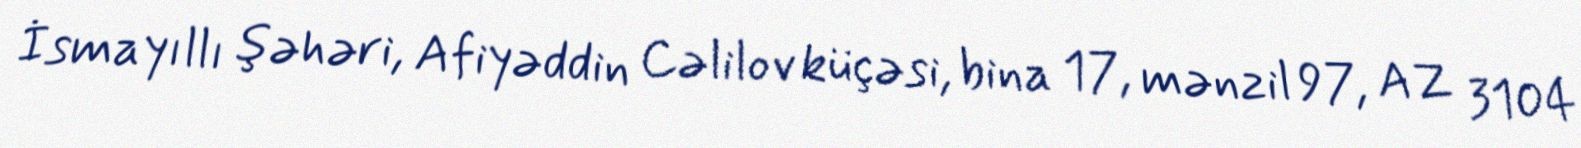
İsmayıllı şəhəri, Afiyəddin Cəlilov küçəsi, bina 17, mənzil 97, AZ 3104